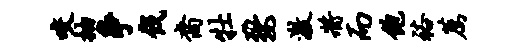
咬抽争伐裔牡婺激将而饱裕荐